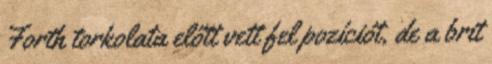
Forth torkolata előtt vett fel pozíciót, de a brit